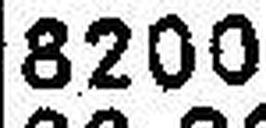
8200